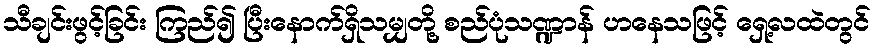
သီချင်းဖွင့်ခြင်း ကြည်၍ ပြီးနောက်ရှိသမျှတို့ စည်ပုံသဏ္ဍာန် ဟနေသဖြင့် ရှေ့လထဲတွင်